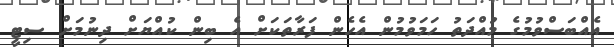
އެއްބަސްވުމުގެ މުއްދަތު ހަމަވުމުން އެހެން ފަރާތަކަށް އެ ބިން ކުއްޔަށް ދިނުމަށް ސިޓީ